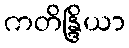
ကတိန္ဒြိယာ